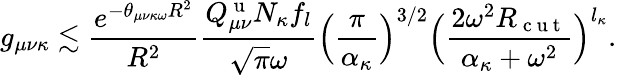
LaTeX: g_{\mu\nu\kappa}\lesssim\frac{e^{-\theta_{\mu\nu\kappa\omega}R^{2}}}{R^{2}}\frac{Q_{\mu\nu}^{\mathrm{~u~}}N_{\kappa}f_{l}}{\sqrt{\pi}\omega}\Big(\frac{\pi}{\alpha_{\kappa}}\Big)^{3/2}\Big(\frac{2\omega^{2}R_{\mathrm{~c~u~t~}}}{\alpha_{\kappa}+\omega^{2}}\Big)^{l_{\kappa}}.